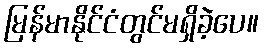
မြန်မာနိုင်ငံတွင်မရှိခဲ့ပေ။